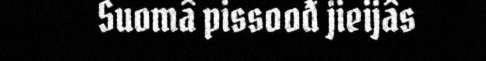
Suomâ pissoođ jieijâs